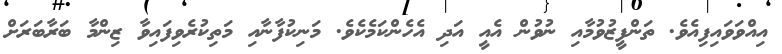
އިއްވަވައިފިއެވެ. ތަންފީޒުވުމާއި ނުވުން އެއީ އަދި އެހެންކަމެކެވެ. މަނިކުފާނާއި މަތިކުރެވިފައިވާ ޒިންމާ ބަރާބަރަށް